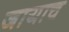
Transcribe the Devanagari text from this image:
जायाच